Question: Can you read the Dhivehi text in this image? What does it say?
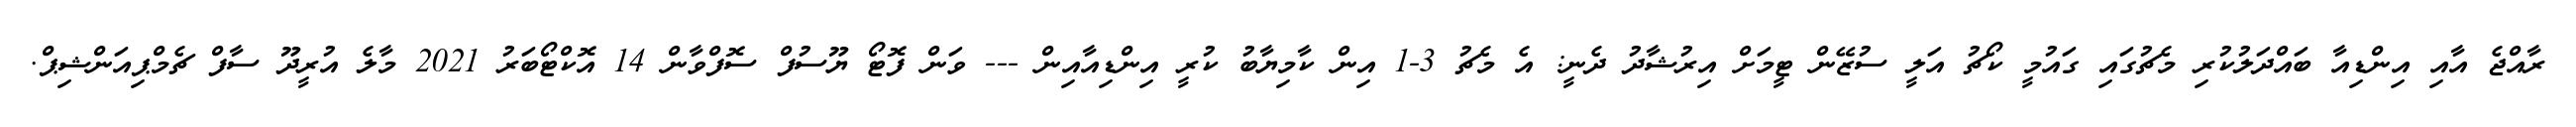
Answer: ރާއްޖެ އާއި އިންޑިއާ ބައްދަލުކުރި މެޗުގައި ގައުމީ ކޯޗު އަލީ ސުޒޭން ޓީމަށް އިރުޝާދު ދެނީ: އެ މެޗު 3-1 އިން ކާމިޔާބު ކުރީ އިންޑިއާއިން --- ވަން ފޮޓޯ ޔޫސުފް ސޮފްވާން 14 އޮކްޓޯބަރު 2021 މާލެ އުރީދޫ ސާފް ޗެމްޕިއަންޝިޕް.